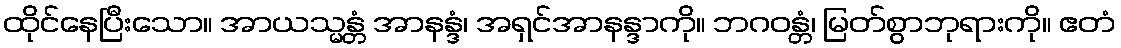
ထိုင်နေပြီးသော။ အာယသ္မန္တံ အာနန္ဒံ၊ အရှင်အာနန္ဒာကို။ ဘဂဝန္တံ၊ မြတ်စွာဘုရားကို။ ဧတံ